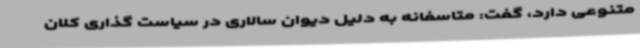
متنوعی دارد، گفت: متاسفانه به دلیل دیوان سالاری در سیاست گذاری کلان